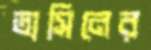
তাসিনের